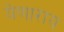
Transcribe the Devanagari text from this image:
येणाराय